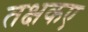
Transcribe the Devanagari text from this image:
तक्षकए